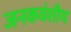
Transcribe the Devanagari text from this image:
जनकवंशीय